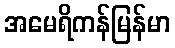
အမေရိကန်မြန်မာ